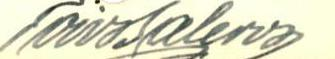
ToivoSalervo